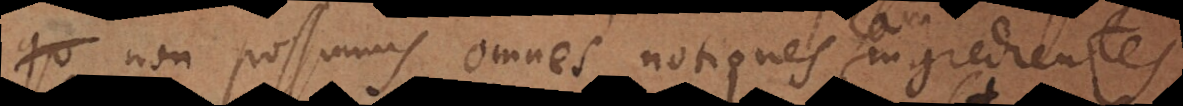
non possumus omnes ingredientes